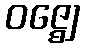
ဝဇ္ဈေ